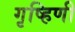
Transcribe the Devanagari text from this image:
गृष्हिणी